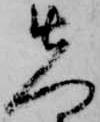
先